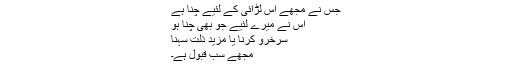
جس نے مجھے اس لڑائی کے لئیے چنا ہے
اس نے میرے لئیے جو بھی چنا ہو
سرخرو کرنا یا مزید ذلت سہنا
مجھے سب قبول ہے۔